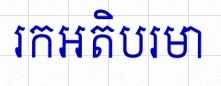
រកអតិបរមា